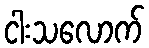
ငါးသလောက်